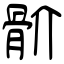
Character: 骱